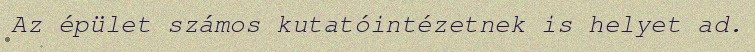
Az épület számos kutatóintézetnek is helyet ad.